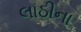
લાઠીના